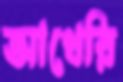
আখেরি